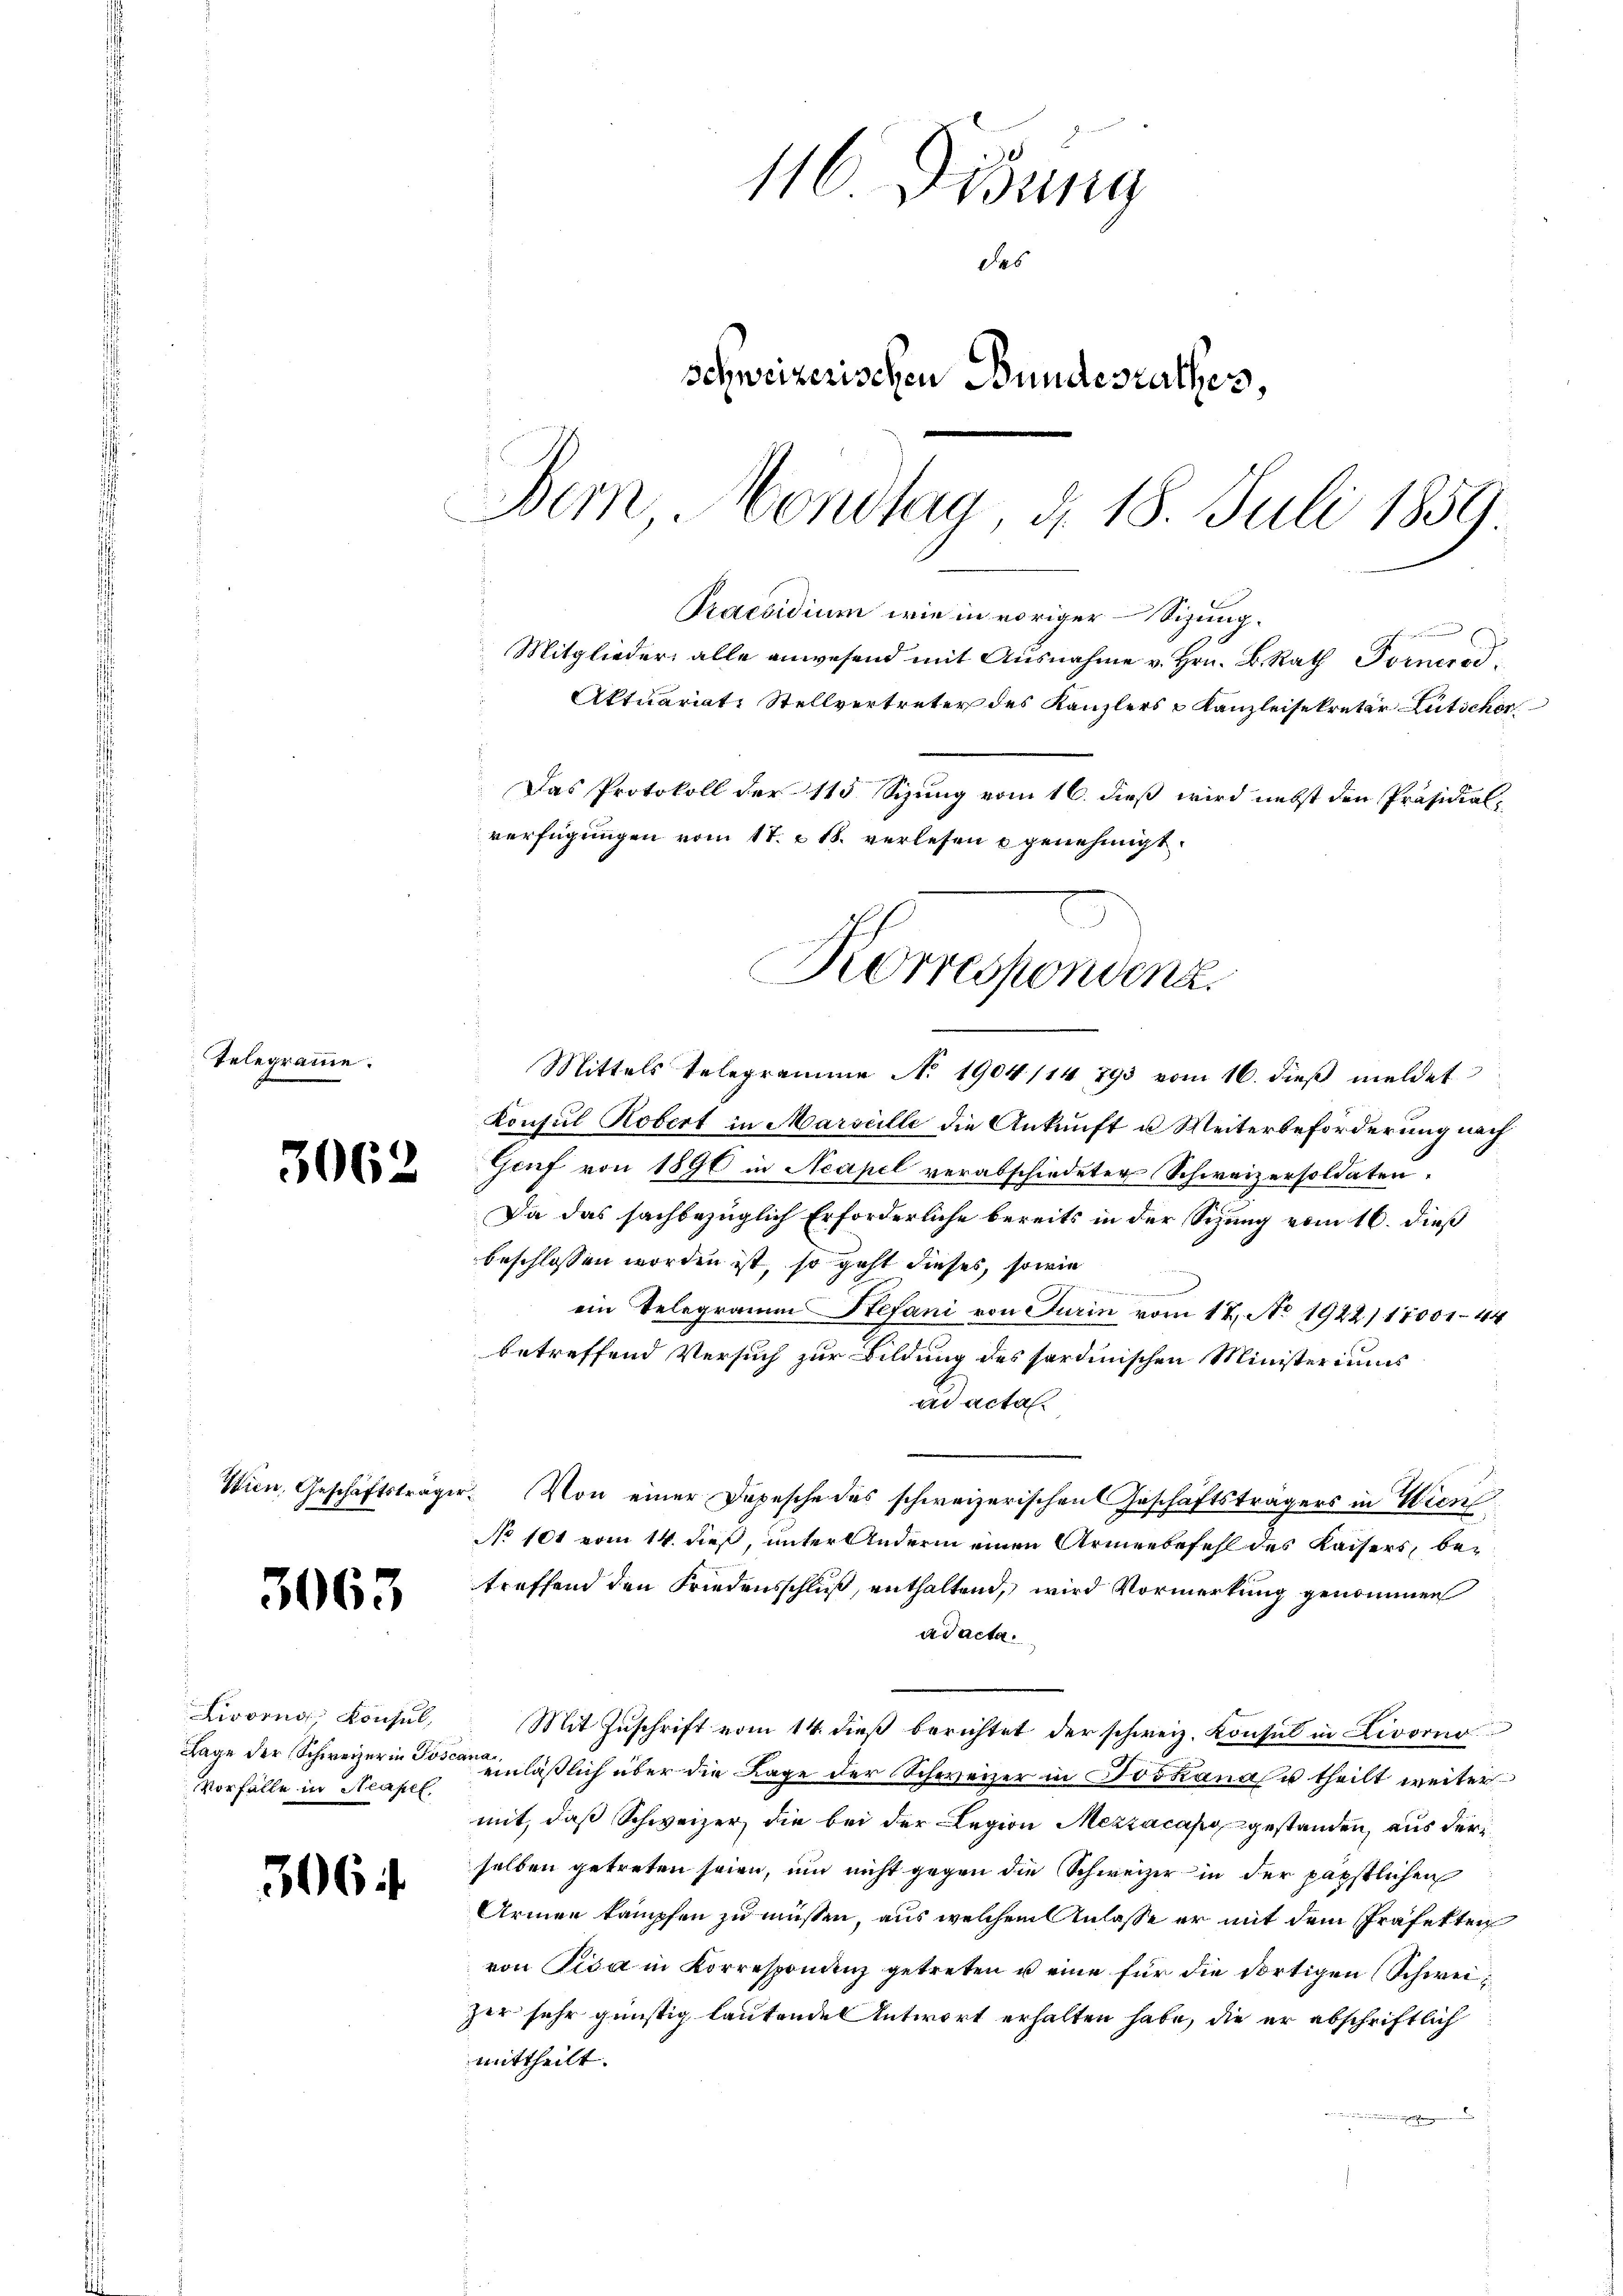
Telegrau

3062

3063

Wien, Geschäftsträge

Livorng, Konsul,
Tage der Schweizer in Jose
Vorfalle in Neapel,

3064

116 Fidung
des
schweizerischen Bundesrathes,
Bern Vondtag, d. 18. Juli 1859

Das Protokoll der 115 Sizung vom 16. dieß wird nebst den Präsidialverfügungen vom 17. & 18. verlesen u genehmigt.
Korrespondenz.

u
Mittels telegramme No 1904/14 793 vom 16. dieβ meldet
Konsul Kobert in Marseille die Ankunft u Weiterbeförderung nach
Gruf von 1890 in Neapel verabschiedeter Schweizersoldaten,
Da das sachbezüglich Erforderliche bereits in der Sihung vom 16. dieß
beschlossen worden ist, so geht dieses, sowie
ein Telegramm Stefani von Turin vom 17. No. 1922/ 18001-44
betreffend Versuch zur Bildung des sordinischen Ministeriums
ad acta.
 Von einer Depesche des schweizerischen Geschäftsträgers in Wien
No 101 vom 14. dieß, unter Andern einen Armenbefehl des Kaisers, betreffend den Friedensschluß, enthaltend, wird Vormerkung genommen
ad acta.
Mit Zuschrift vom 14. dieß berichtet der schweiz. Konsul in Livorno
144
einläßlich über die Lage der Schweizer in Joskanal u theilt weiter
mit, daß Schweizer, die bei der Legion Mezzacasggestanden, aus der
selben getreten seien, und nicht gegen die Schweizer in der päpstlichen
Armen kämpfen zu müssen, aus welchem Anlasse er mit dem Präfekten
von Pisa in Korrespondenz getreten u eine für die dortigen (Schweizer sehr günstig lautendes Antwort erhalten habe, die er abschriftlich
mittheilt.
e

Praesidium wie in voriger Sizung.
Mitglieder, alle anwesend mit Ausnahme v. Hrn. B. Rath Porncrod¬
Aktuariat-Stellvertreter des Kanzlers & Kanzleisekretär Lütscher